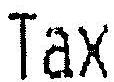
TAX